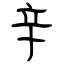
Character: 辛